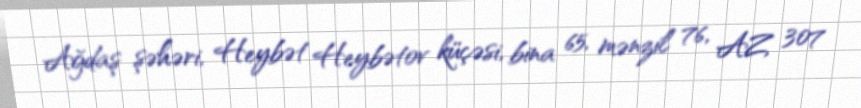
Ağdaş şəhəri, Heybət Heybətov küçəsi, bina 65, mənzil 76, AZ 307